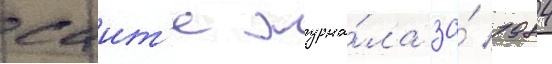
саит'е журна́ла за́ 1984